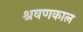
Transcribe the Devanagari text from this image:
श्रवणकाल